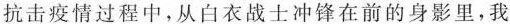
抗击疫情过程中，从白衣战士冲锋在前的身影里，我